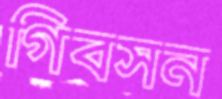
গিবসন